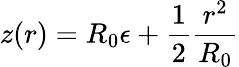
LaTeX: z(r)=R_{0}{\epsilon}+\frac{1}{2}\frac{r^{2}}{R_{0}}